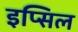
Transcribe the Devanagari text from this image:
इप्सिल